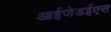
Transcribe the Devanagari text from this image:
आईजेडईएस